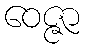
ဝေဇ္ဇာ